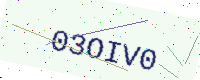
Text: 03OIV0